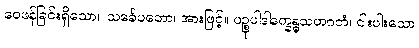
ဝေဖန်ခြင်းရှိသော။ သင်္ခေပတော၊ အားဖြင့်။ ပဉ္စုပါဒါနက္ခန္ဓသဟဂတံ၊ ငါးပါးသော